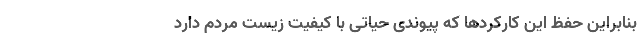
بنابراین حفظ این کارکردها که پیوندی حیاتی با کیفیت زیست مردم دارد